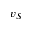
v _ { S }